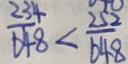
\frac { 2 3 4 } { 6 4 8 } < \frac { 2 5 2 } { 6 4 8 }